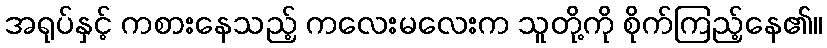
အရုပ်နှင့် ကစားနေသည့် ကလေးမလေးက သူတို့ကို စိုက်ကြည့်နေ၏။